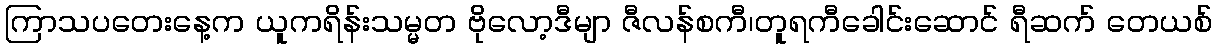
ကြာသပတေးနေ့က ယူကရိန်းသမ္မတ ဗိုလော့ဒီမျာ ဇီလန်စကီ၊တူရကီခေါင်းဆောင် ရီဆက် တေယစ်